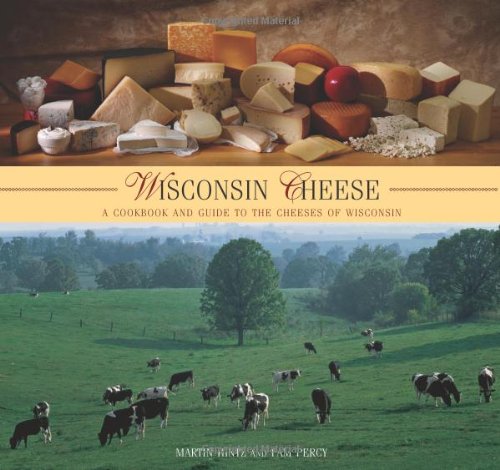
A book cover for Wisconsin Cheese: A Cookbook And Guide To The Cheeses Of Wisconsin; Martin Hintz; Cookbooks, Food & Wine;